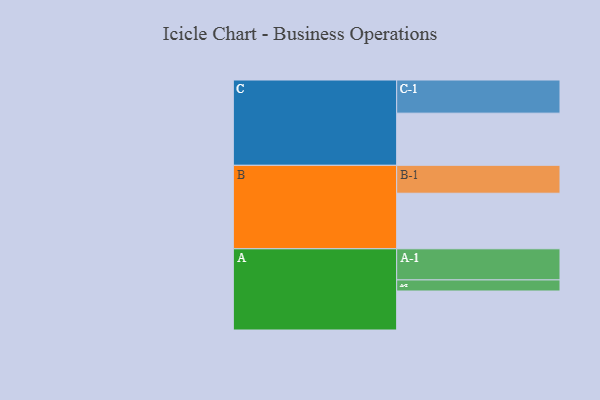
{"axis": {"x": "Segment", "y": "Value"}, "legend": ["", "A", "B", "C"], "data": [{"x": "A", "y": 341, "type": ""}, {"x": "B", "y": 486, "type": ""}, {"x": "C", "y": 456, "type": ""}, {"x": "A-1", "y": 272, "type": "A"}, {"x": "A-2", "y": 97, "type": "A"}, {"x": "B-1", "y": 244, "type": "B"}, {"x": "C-1", "y": 290, "type": "C"}]}